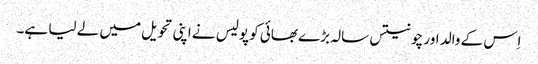
اِس کے والد اور چونتیس سالہ بڑے بھائی کو پولیس نے اپنی تحویل میں لے لیا ہے۔